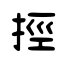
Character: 挳